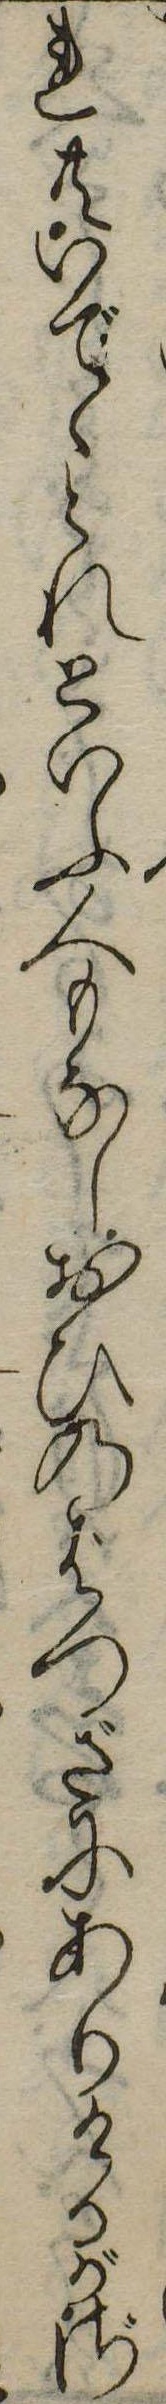
れ共いでゝとれといふ人もなしおひのばつざにありけるがざ